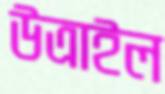
উত্রাইল